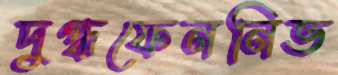
দুগ্ধফেননিভ